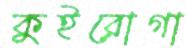
কুইরোগা